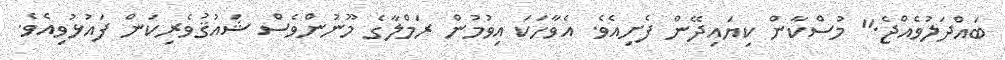
ބައްދަލުވެއްޖެ." މުސްކާން ކިޔައިދޭން ފެށިއެވެ. އެވާހަކަ އިވުމުން ރަމްލާގެ މޫނުންވެސް ޝައުޤުވެރިކަން ފައުޅުވިއެވެ.